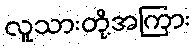
လူသားတို့အကြား